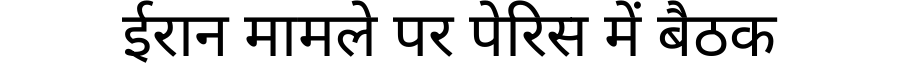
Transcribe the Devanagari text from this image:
ईरान मामले पर पेरिस में बैठक